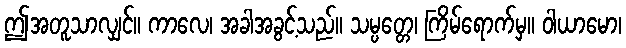
ဤအတူသာလျှင်။ ကာလေ၊ အခါအခွင့်သည်။ သမ္ပတ္တေ၊ ကြိမ်ရောက်မှ။ ဝါယာမော၊